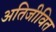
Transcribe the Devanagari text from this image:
अतिजीवित